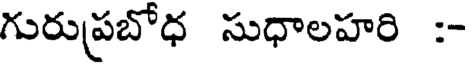
గురుప్రబోధ సుధాలహరి :-